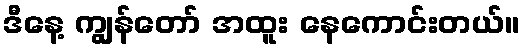
ဒီနေ့ ကျွန်တော် အထူး နေကောင်းတယ်။